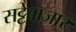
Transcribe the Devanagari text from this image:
सट्टेबाजार